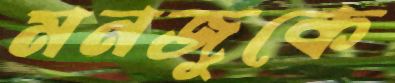
মনজুকে